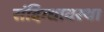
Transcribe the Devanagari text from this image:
संदिग्धावस्था